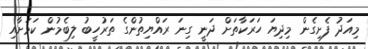
މިއަދު ފެށިގެން މިދިޔަ ހަރަކާތަށް ދަނީ ގިނަ ރައްޔިތުންގެ ތަރުހީބު ލިބެމުން ކަމަށާއި